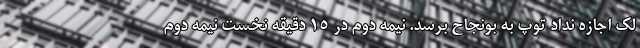
لک اجازه نداد توپ به بونجاح برسد. نیمه دوم در ۱۵ دقیقه نخست نیمه دوم